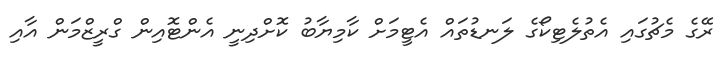
ރޭގެ މެޗުގައި އެތުލެޓިކޯގެ ލަނޑުތައް އެޓީމަށް ކާމިޔާބު ކޮށްދިނީ އެންޓޮއިން ގްރީޒްމަން އާއި